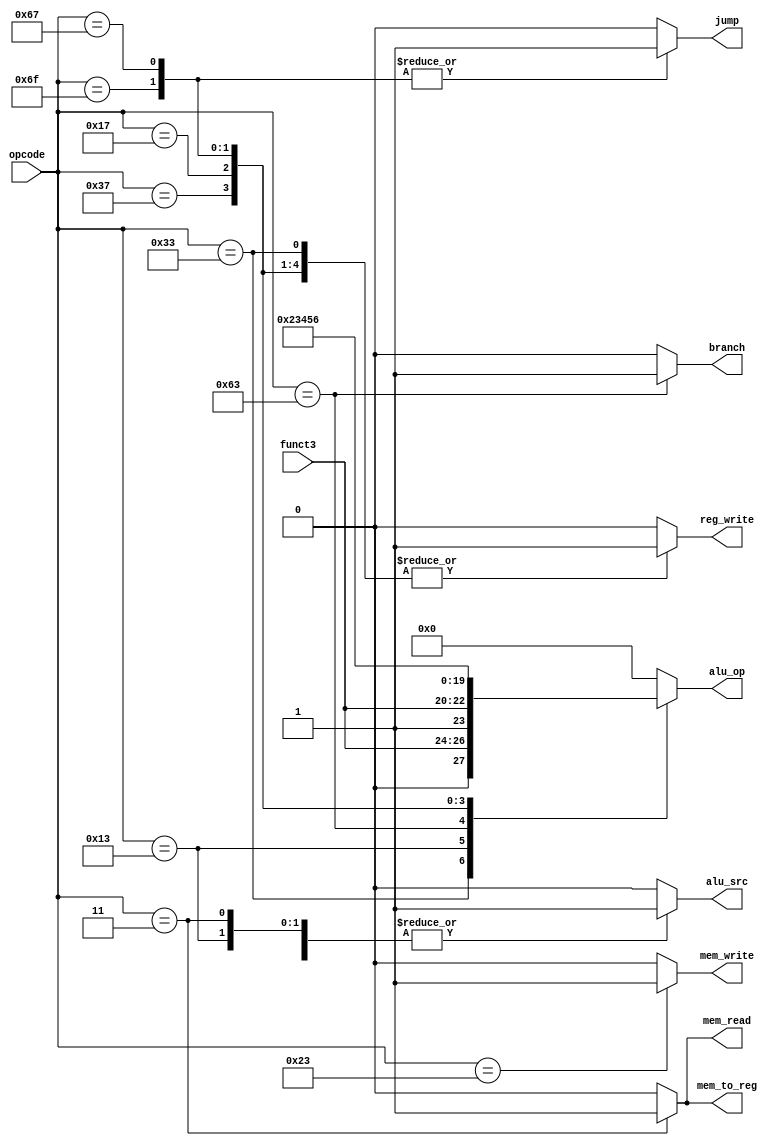
module control_unit(
    input wire [6:0] opcode,
    input wire [2:0] funct3,
    output reg alu_src,
    output reg mem_to_reg,
    output reg reg_write,
    output reg mem_read,
    output reg mem_write,
    output reg branch,
    output reg [3:0] alu_op, // Extended to 4 bits for more operations
    output reg jump
);

    // Define the opcode constants for simplicity
    localparam OPCODE_RTYPE = 7'b0110011,
               OPCODE_ITYPE = 7'b0010011,
               OPCODE_LOAD  = 7'b0000011,
               OPCODE_STORE = 7'b0100011,
               OPCODE_BRANCH= 7'b1100011,
               OPCODE_LUI   = 7'b0110111,
               OPCODE_AUIPC = 7'b0010111,
               OPCODE_JAL   = 7'b1101111,
               OPCODE_JALR  = 7'b1100111;

    always @(*) begin
        // Default control signal values
        alu_src    = 1'b0;
        mem_to_reg = 1'b0;
        reg_write  = 1'b0;
        mem_read   = 1'b0;
        mem_write  = 1'b0;
        branch     = 1'b0;
        alu_op     = 4'b0000;
        jump       = 1'b0;

        case (opcode)
            OPCODE_RTYPE: begin
                alu_src    = 1'b0;
                reg_write  = 1'b1;
                alu_op     = {1'b0, funct3}; // Simple mapping for R-type instructions
            end
            OPCODE_ITYPE: begin
                alu_src    = 1'b1;
                reg_write  = 1'b1;
                alu_op     = {1'b1, funct3}; // Simple mapping for I-type instructions
            end
            OPCODE_LOAD: begin
                alu_src    = 1'b1;
                mem_to_reg = 1'b1;
                reg_write  = 1'b1;
                mem_read   = 1'b1;
                alu_op     = 4'b0000; // ADD operation for address calculation
            end
            OPCODE_STORE: begin
                alu_src    = 1'b1;
                mem_write  = 1'b1;
                alu_op     = 4'b0000; // ADD operation for address calculation
            end
            OPCODE_BRANCH: begin
                branch     = 1'b1;
                alu_op     = 4'b0010; // SUB operation for comparison
            end
            OPCODE_LUI: begin
                reg_write  = 1'b1;
                alu_op     = 4'b0011; // Operation to handle LUI
            end
            OPCODE_AUIPC: begin
                reg_write  = 1'b1;
                alu_op     = 4'b0100; // Operation to handle AUIPC
            end
            OPCODE_JAL: begin
                reg_write  = 1'b1;
                jump       = 1'b1;
                alu_op     = 4'b0101; // Operation to handle JAL
            end
            OPCODE_JALR: begin
                reg_write  = 1'b1;
                jump       = 1'b1;
                alu_op     = 4'b0110; // Operation to handle JALR
            end
            default: begin
                // Handle illegal opcode
            end
        endcase
    end

endmodule